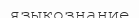
языкознание